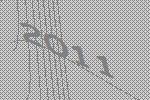
2011